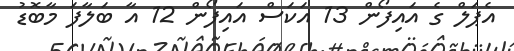
އެޕަލް ގެ އައިފޯން 13 އަކަސް އައިފޯން 12 އާ ބަލާފަ މާބޮޑު